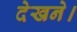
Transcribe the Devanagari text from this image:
देखने।